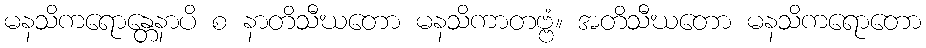
မနသိကရောန္တေနာပိ စ နာတိသီဃတော မနသိကာတဗ္ဗံ။ အတိသီဃတော မနသိကရောတော